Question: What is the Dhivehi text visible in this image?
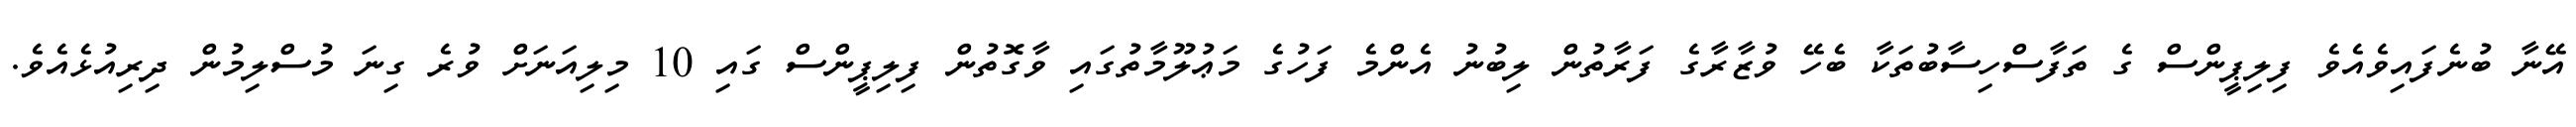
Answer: އޭނާ ބުނެފައިވެއެވެ ފިލިޕީންސް ގެ ތަފާސްހިސާބުތަކާ ބެހޭ ވުޒާރާގެ ފަރާތުން ލިބުނު އެންމެ ފަހުގެ މަޢުލޫމާތުގައި ވާގޮތުން ފިލިޕީންސް ގައި 10 މިލިއަނަށް ވުރެ ގިނަ މުސްލިމުން ދިރިއުޅެއެވެ.